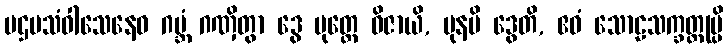
ပဌမသံဝါသေနေဝ ဂဗ္ဘံ ဂဏှိတွာ ဒွေ ပုတ္တေ ဝိဇာယိ, ပုနပိ ဒွေတိ, ဧဝံ သောဠသက္ခတ္တုမ္ပိ